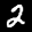
Label: 2